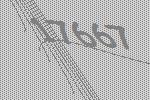
17667